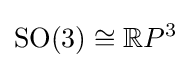
\operatorname {SO} (3)\cong \mathbb {R} P^{3}